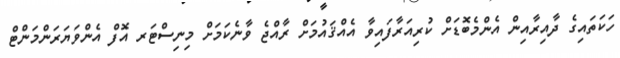
ހަކަތައިގެ ދާއިރާއިން އެންމެބޮޑަށް ކުރިއަރާފައިވާ އެއްޤައުމަށް ރާއްޖެ ވާނެކަމަށް މިނިސްޓަރ އޮފް އެންވަޔަރަންމަންޓް